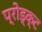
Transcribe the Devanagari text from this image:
प्रोड्क्ट